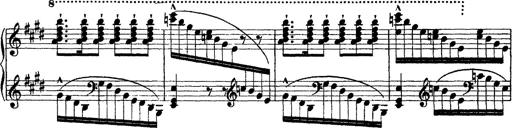
Title: Morceau de Salon
Composer: Josef Adalbert Pacher
Key: D-flat major